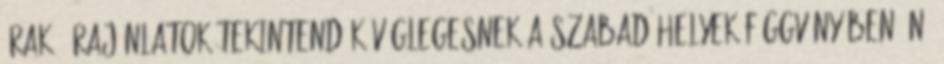
árak, árajánlatok tekintendők véglegesnek a szabad helyek függvényében Ön,